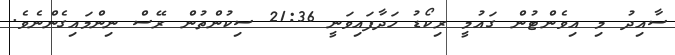
ސާއިދު މި އިވެންޓުން ގައުމީ ރިކޯޑު ހަދާފައިވަނީ 21:36 ސިކުންތުން ރޭސް ނިންމައިގެންނެވެ.